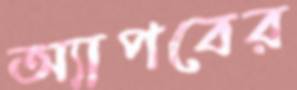
অ্যাপবের